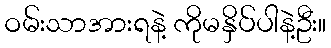
ဝမ်းသာအားရနဲ့ ကိုမနှိပ်ပါနဲ့ဦး။